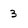
Character: 3